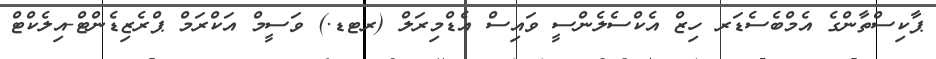
ޕާކިސްތާންގެ އެމްބެސެޑަރ ހިޒް އެކްސެލެންސީ ވައިސް އެޑްމިރަލް (ރޓޑ.) ވަސީމް އަކްރަމް ޕްރެޒިޑެންޓް-އިލެކްޓް